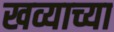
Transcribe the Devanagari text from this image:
खव्याच्या